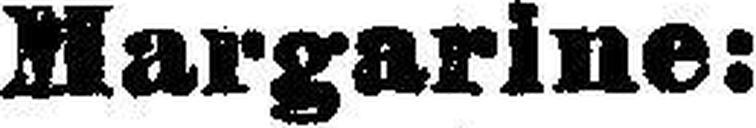
Margarine: